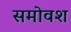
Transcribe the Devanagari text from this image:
समोवश